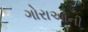
ગોરાઓની